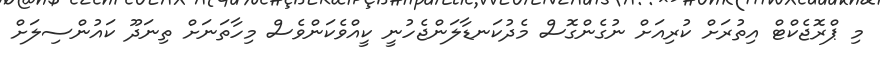
މި ޕްރޮޖެކްޓް އިތުރަށް ކުރިއަށް ނުގެންގޮސް މެދުކަނޑާލަންޖެހުނީ ކީއްވެކަންވެސް މިހާތަނަށް ތިނަދޫ ކައުންސިލަށް